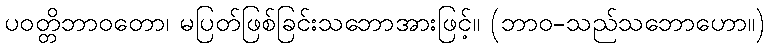
ပဝတ္တိဘာဝတော၊ မပြတ်ဖြစ်ခြင်းသဘောအားဖြင့်။ (ဘာဝ-သည်သဘောဟော။)